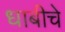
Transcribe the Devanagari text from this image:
धाबीचे